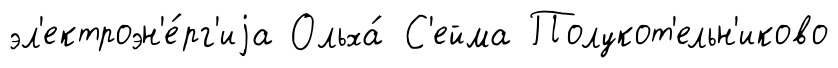
эл'ектроэн'е́рг'иjа Ольха́ С'ейма Полукот'ельн'иково